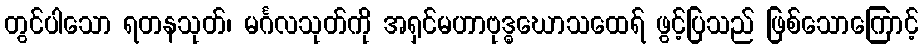
တွင်ပါသော ရတနသုတ်၊ မင်္ဂလသုတ်ကို အရှင်မဟာဗုဒ္ဓဃောသထေရ် ဖွင့်ပြသည် ဖြစ်သောကြောင့်